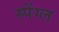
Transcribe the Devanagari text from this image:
स्पेंग्ल